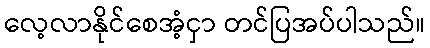
လေ့လာနိုင်စေအံ့ငှာ တင်ပြအပ်ပါသည်။